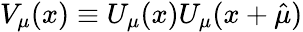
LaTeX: V_{\mu}(x)\equiv U_{\mu}(x)U_{\mu}(x+\hat{\mu})